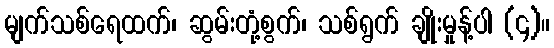
မျက်သစ်ရေထက်၊ ဆွမ်းတုံ့စွက်၊ သစ်ရွက် ချိုးမှုန့်ပါ (၄)။